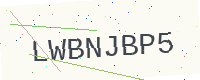
Text: LWBNJBP5